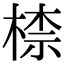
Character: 㮏